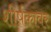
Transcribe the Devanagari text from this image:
शीर्षकावर